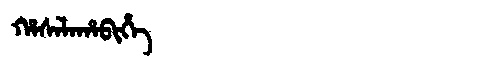
Manchu: ᡥᠠᠰᠠᠯᠠᡥᠠᠪᡳᡥᡝ
Romanization: HASALAHABIHE